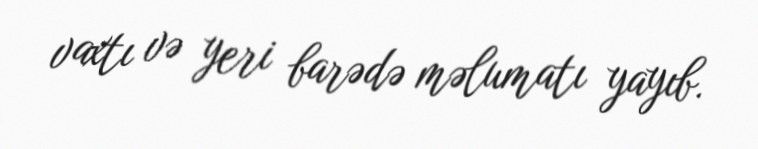
vaxtı və yeri barədə məlumatı yayıb.